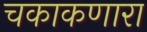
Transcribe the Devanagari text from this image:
चकाकणारा